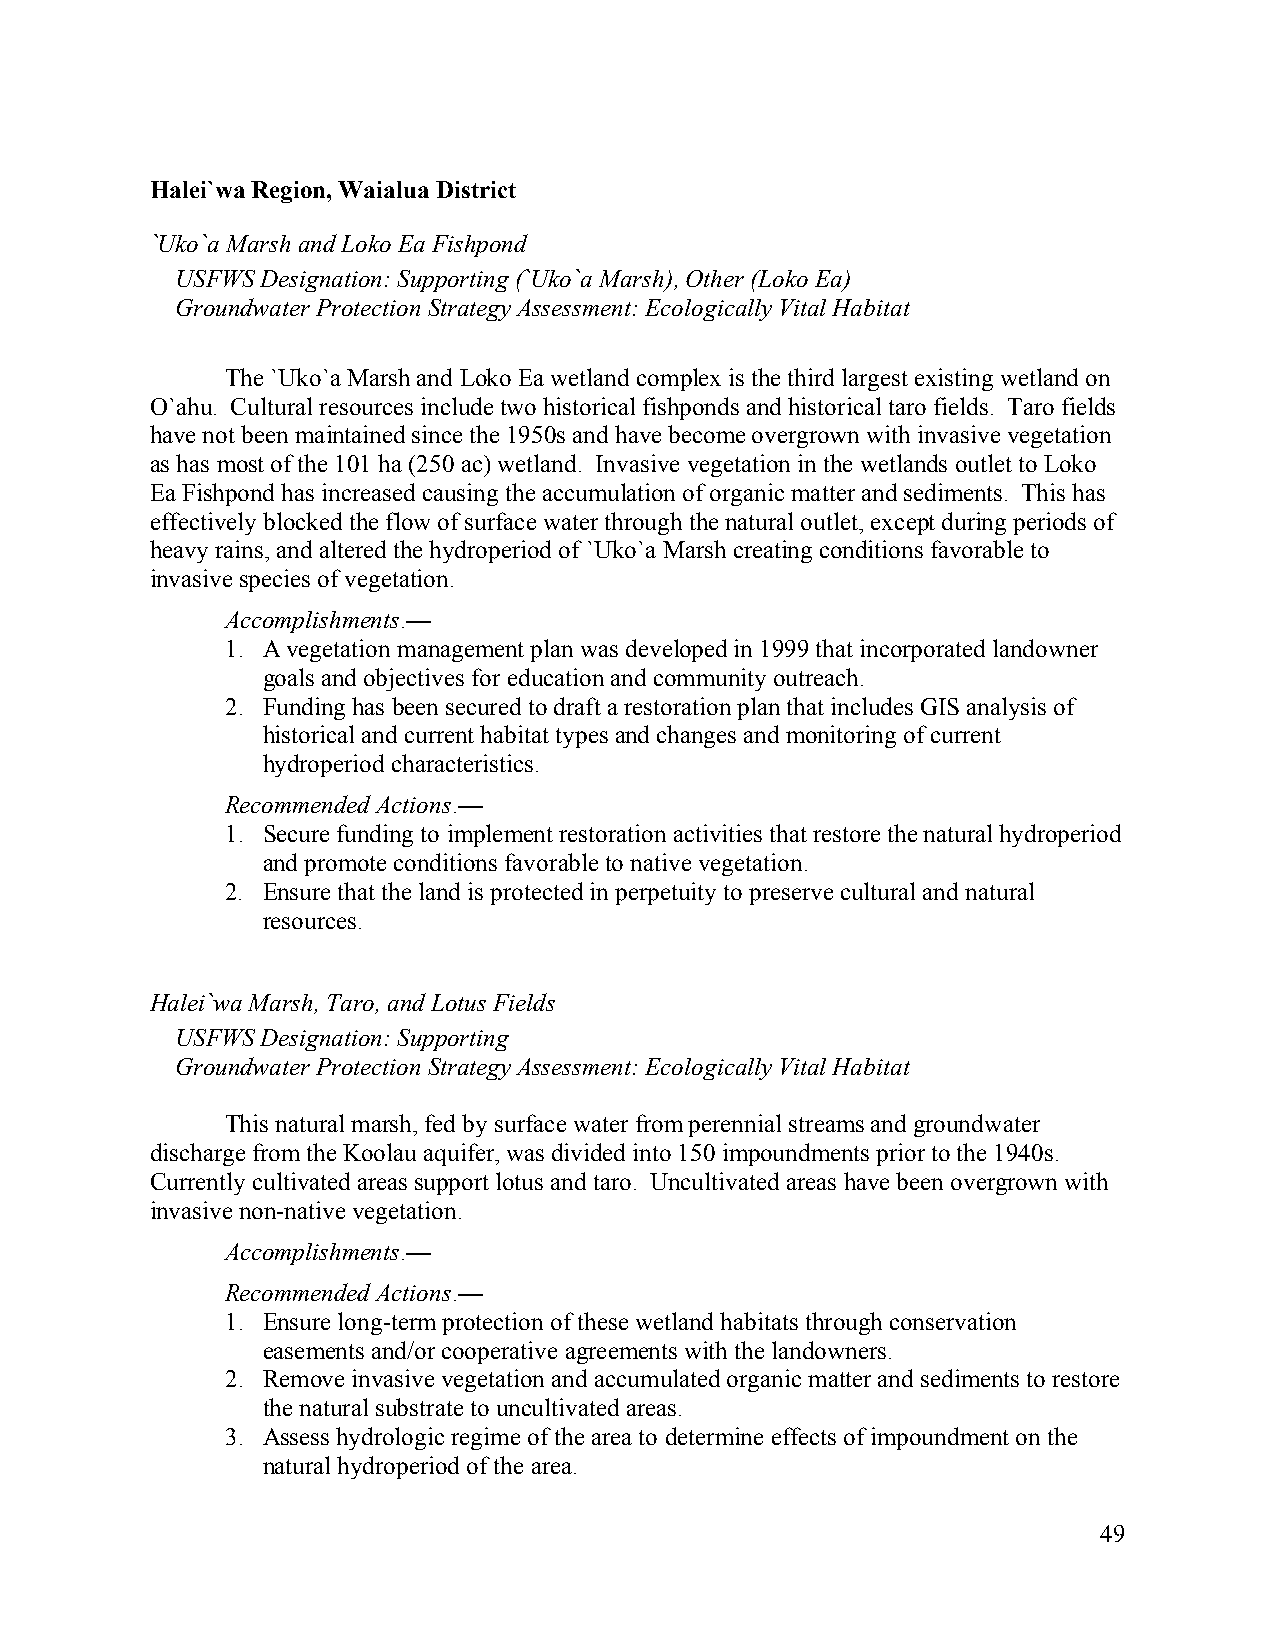
Halei`wa Region, Waialua District
 `Uko`a Marsh and Loko Ea Fishpond
 USFWS Designation: Supporting (`Uko`a Marsh), Other (Loko Ea)
 Groundwater Protection Strategy Assessment: Ecologically Vital Habitat
 The `Uko`a Marsh and Loko Ea wetland complex is the third largest existing wetland on
 O`ahu. Cultural resources include two historical fishponds and historical taro fields. Taro fields
 have not been maintained since the 1950s and have become overgrown with invasive vegetation
 as has most of the 101 ha (250 ac) wetland. Invasive vegetation in the wetlands outlet to Loko
 Ea Fishpond has increased causing the accumulation of organic matter and sediments. This has
 effectively blocked the flow of surface water through the natural outlet, except during periods of
 heavy rains, and altered the hydroperiod of `Uko`a Marsh creating conditions favorable to
 invasive species of vegetation.
 Accomplishments.—
 1. A vegetation management plan was developed in 1999 that incorporated landowner
 goals and objectives for education and community outreach.
 2. Funding has been secured to draft a restoration plan that includes GIS analysis of
 historical and current habitat types and changes and monitoring of current
 hydroperiod characteristics.
 Recommended Actions.—
 1. Secure funding to implement restoration activities that restore the natural hydroperiod
 and promote conditions favorable to native vegetation.
 2. Ensure that the land is protected in perpetuity to preserve cultural and natural
 resources.
 Halei`wa Marsh, Taro, and Lotus Fields
 USFWS Designation: Supporting
 Groundwater Protection Strategy Assessment: Ecologically Vital Habitat
 This natural marsh, fed by surface water from perennial streams and groundwater
 discharge from the Koolau aquifer, was divided into 150 impoundments prior to the 1940s.
 Currently cultivated areas support lotus and taro. Uncultivated areas have been overgrown with
 invasive non-native vegetation.
 Accomplishments.—
 Recommended Actions.—
 1. Ensure long-term protection of these wetland habitats through conservation
 easements and/or cooperative agreements with the landowners.
 2. Remove invasive vegetation and accumulated organic matter and sediments to restore
 the natural substrate to uncultivated areas.
 3. Assess hydrologic regime of the area to determine effects of impoundment on the
 natural hydroperiod of the area.
 49